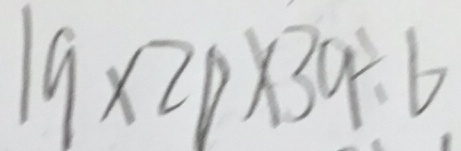
1 9 \times 2 0 \times 3 9 \div 6